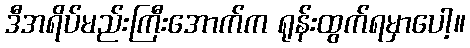
ဒီအရိပ်မည်းကြီးအောက်က ရုန်းထွက်ရမှာပေါ့။